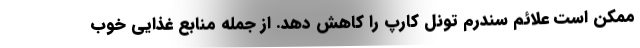
ممکن است علائم سندرم تونل کارپ را کاهش دهد. از جمله منابع غذایی خوب